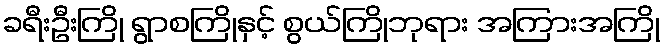
ခရီးဦးကြို ရွာစကြိုနှင့် စွယ်ကြိုဘုရား အကြားအကြို